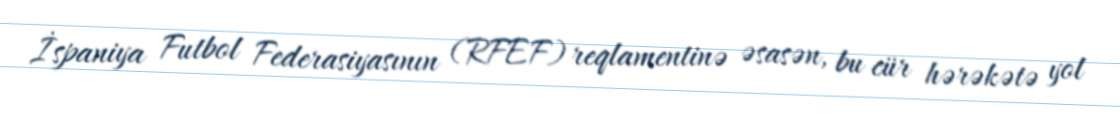
İspaniya Futbol Federasiyasının (RFEF) reqlamentinə əsasən, bu cür hərəkətə yol